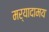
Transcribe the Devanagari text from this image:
मर्यादामय